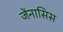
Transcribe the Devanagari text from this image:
जेंनासिस